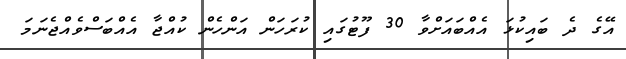
އޭގެ ދެ ބައިކުޅަ އެއްބައަށްވާ 30 ފޫޓުގައި ކުރަހަން އަންހެން ކުއްޖާ އެއްބަސްވެއްޖެނަމަ